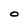
Character: O